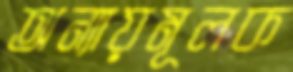
অন্যায়মূলক